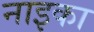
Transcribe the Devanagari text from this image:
नाइका